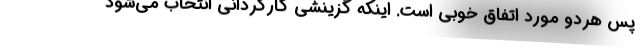
پس هردو مورد اتفاق خوبی است. اینکه گزینشی کارگردانی انتخاب می‌شود